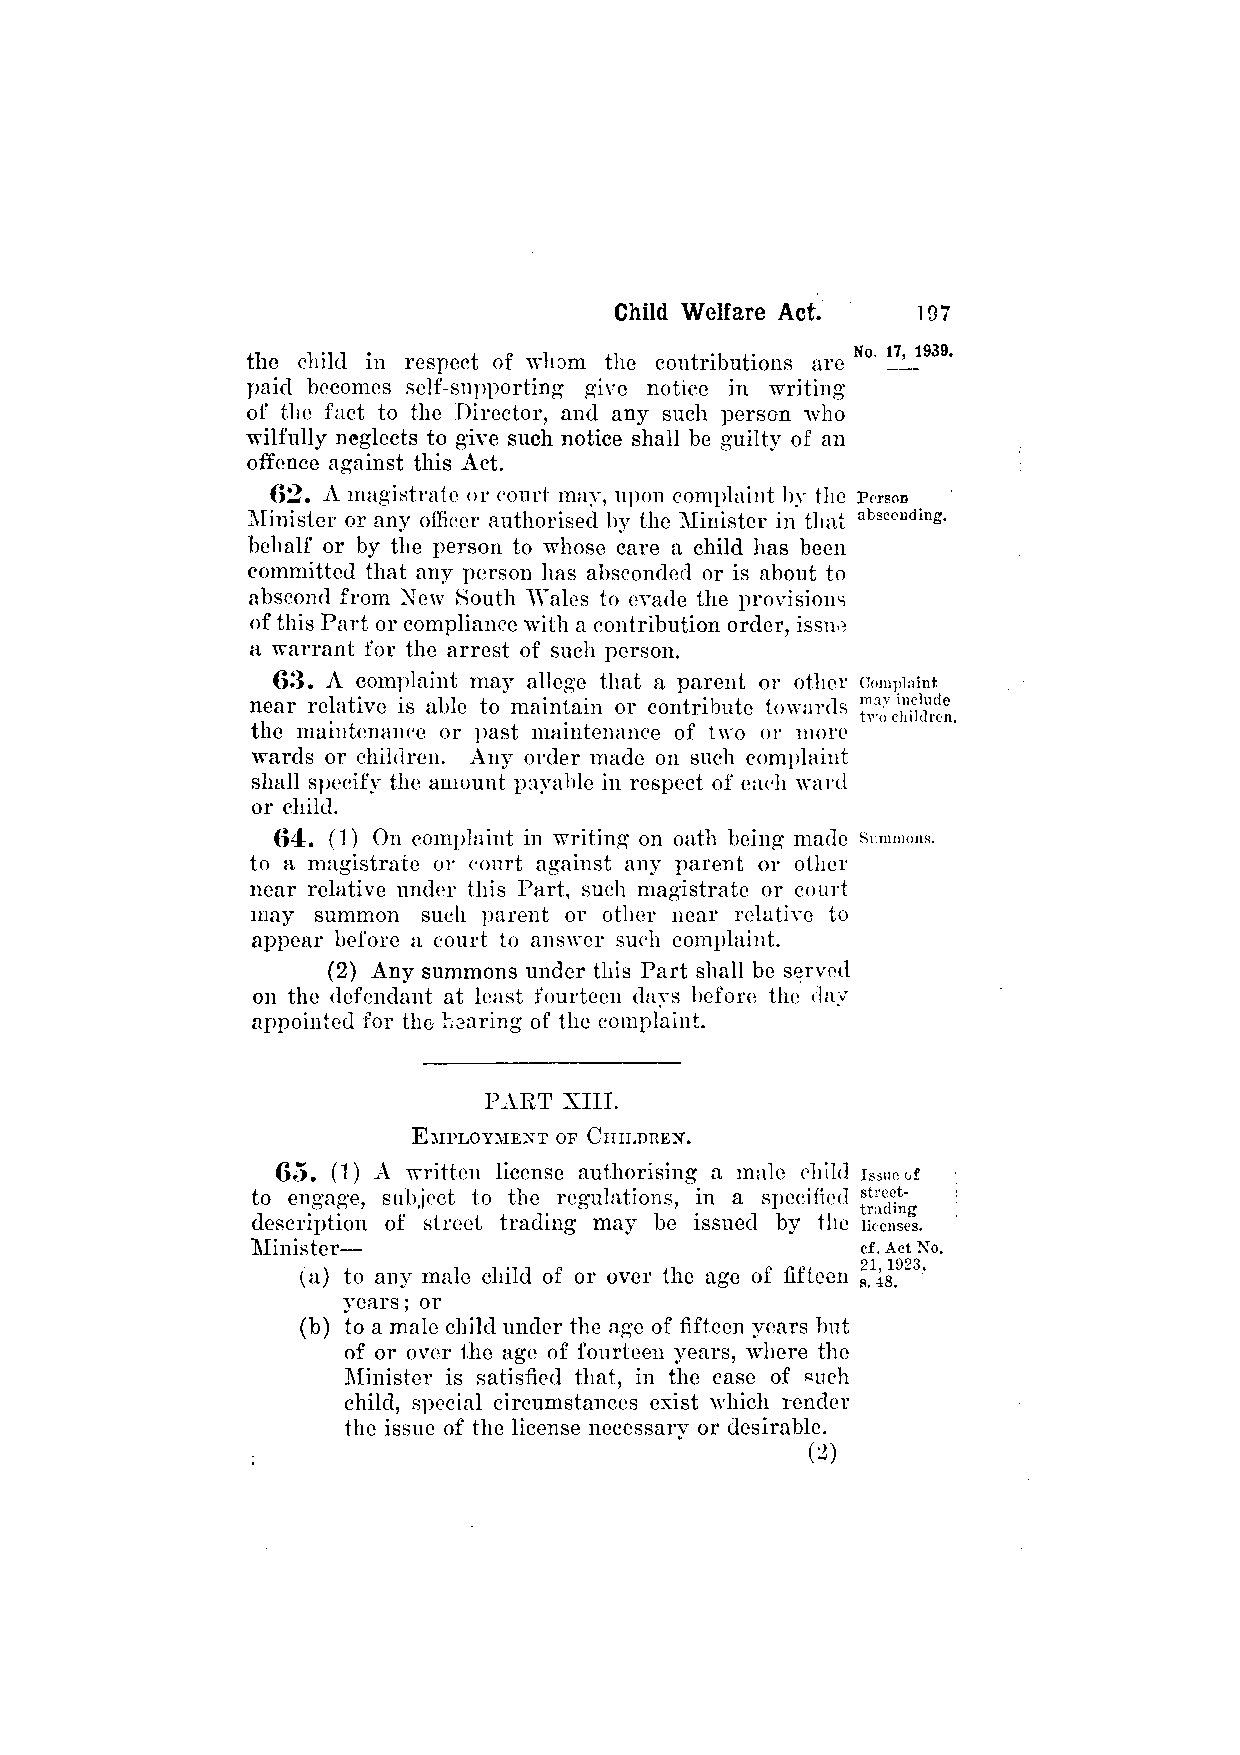
the child in respect of whom the contributions are
 paid becomes self-supporting give notice in writing
 of the fact to the Director, and any such person who
 wilfully neglects to give such notice shall be guilty of an
 offence against this Act.
 62. A magistrate or court may, upon complaint by the
 Minister or any officer authorised by the Minister in that
 behalf or by the person to whose care a child has been
 committed that any person has absconded or is about to
 abscond from New South Wales to evade the provisions
 of this Part or compliance with a contribution order, issue
 a warrant for the arrest of such person.
 63. A complaint may allege that a parent or other
 near relative is able to maintain or contribute towards
 the maintenance or past maintenance of two or more
 wards or children. Any order made on such complaint
 shall specify the amount payable in respect of each ward
 or child.
 64. (1) On complaint in writing on oath being made
 to a magistrate or court against any parent or other
 near relative under this Part, such magistrate or court
 may summon such parent or other near relative to
 appear before a court to answer such complaint.
 (2) Any summons under this Part shall be served
 on the defendant at least fourteen days before the day
 appointed for the hearing of the complaint.
 PART  XIII.
 EMPLOYMENT OF CHILDREN.
 65. (1) A written license authorising a male child
 to engage, subject to the regulations, in a specified
 description of street trading may be issued by the
 Minister—
 (a) to any male child of or over the age of fifteen
 years; or
 (b) to a male child under the age of fifteen years but
 of or over the age of fourteen years, where the
 Minister is satisfied that, in the case of such
 child, special circumstances exist which render
 the issue of the license necessarv or desirable.
 (2)